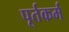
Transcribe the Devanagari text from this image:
पूर्तकर्म